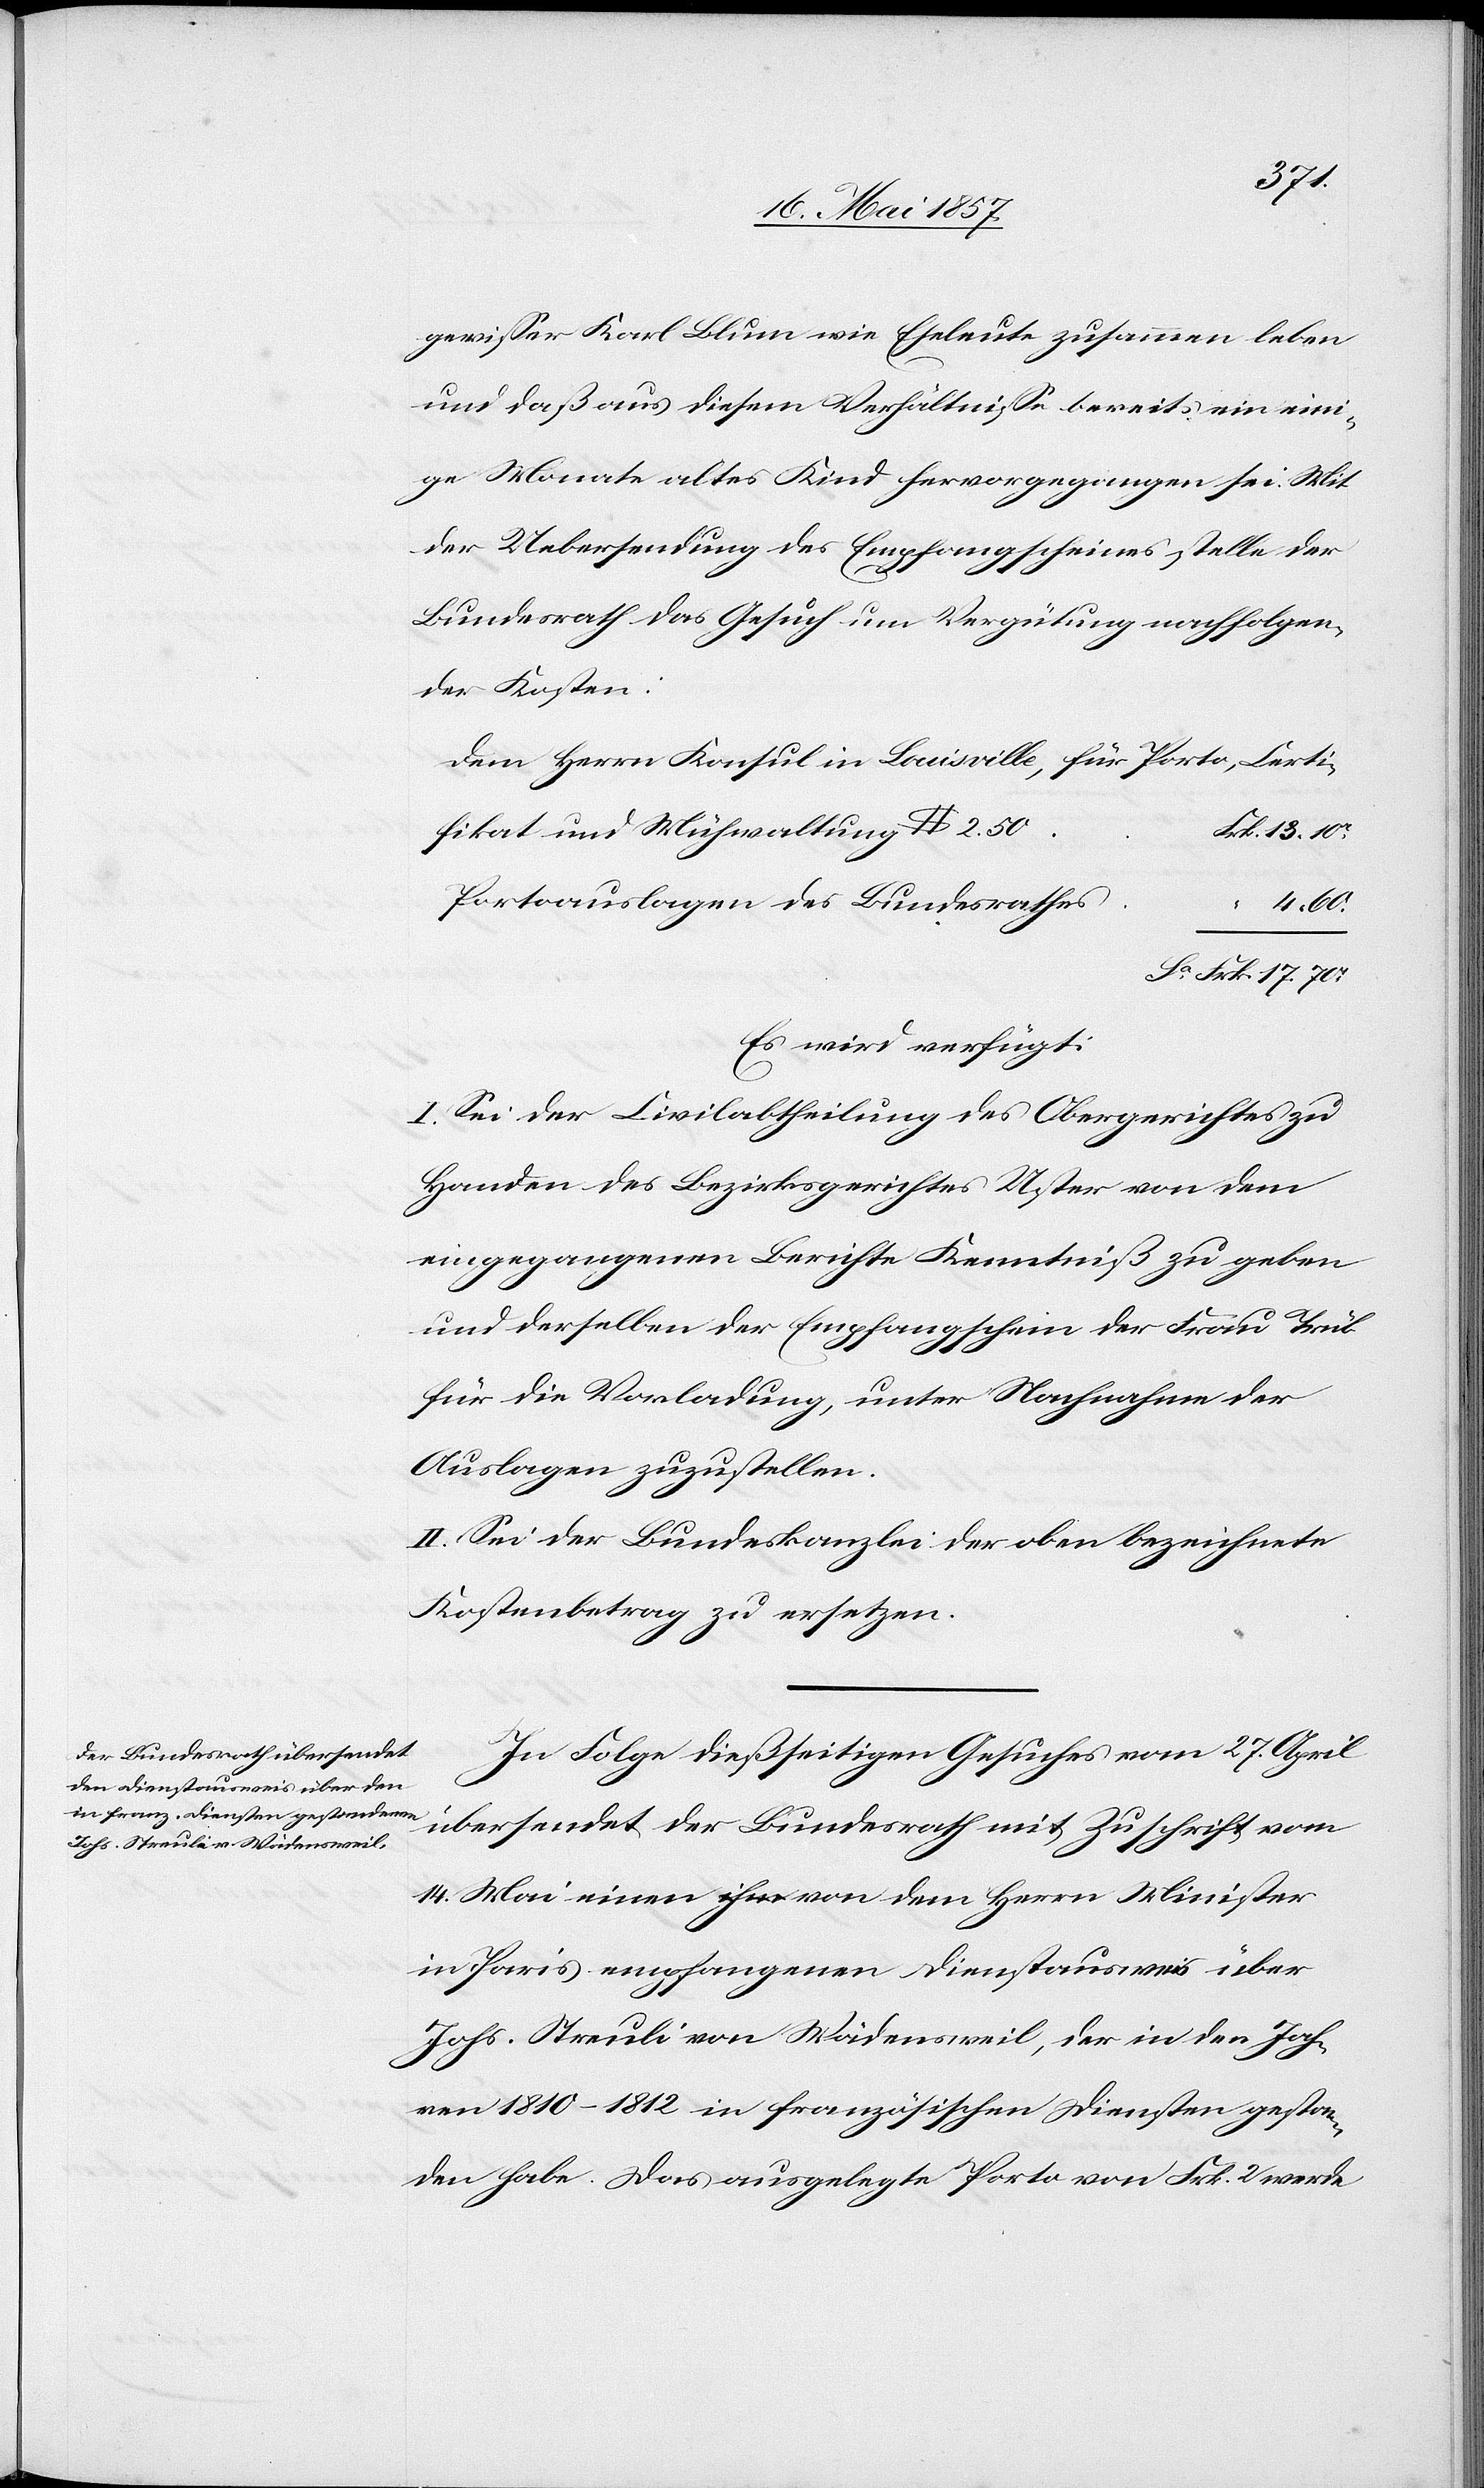
s						“
gewisser Karl Blum wie Eheleute zusammen leben
und daß aus diesem Verhältnisse bereits ein eini¬
ge Monate altes Kind hervorgegangen sei. Mit
der Uebersendung des Empfangsscheines stelle der
Bundesrath das Gesuch um Vergütung nachfolgen¬
der Kosten:
Dem Herrn Konsul in Louisville, für Porto, Certi¬
fikat und Mühwaltung $ 2.50	F¬
rk. 13.10
Portoauslagen des Bundesrathe¬
4.60
Sa Frk. 17.70
Es wird verfügt:
I. Sei der Civilabtheilung des Obergerichtes zu
Handen des Bezirksgerichtes Uster von dem
eingegangenen Berichte Kenntniß zu geben
und derselben der Empfangsschein der Frau Trüb
für die Vorladung, unter Nachnahme der
Auslagen zuzustellen.
II. Sei der Bundeskanzlei der oben bezeichnete
Kostenbetrag zu ersetzen.
In Folge dießseitigen Gesuches vom 27 April
übersendet der Bundesrath mit Zuschrift vom
14 Mai einen ihm von dem Herrn Minister
in Paris empfangenen Dienstausweis über
Johs. Streuli von Wädensweil, der in den Jah¬
ren 1810–1812 in französischen Diensten gestan¬
den habe. Das ausgelegte Porto von Frk. 2 werde